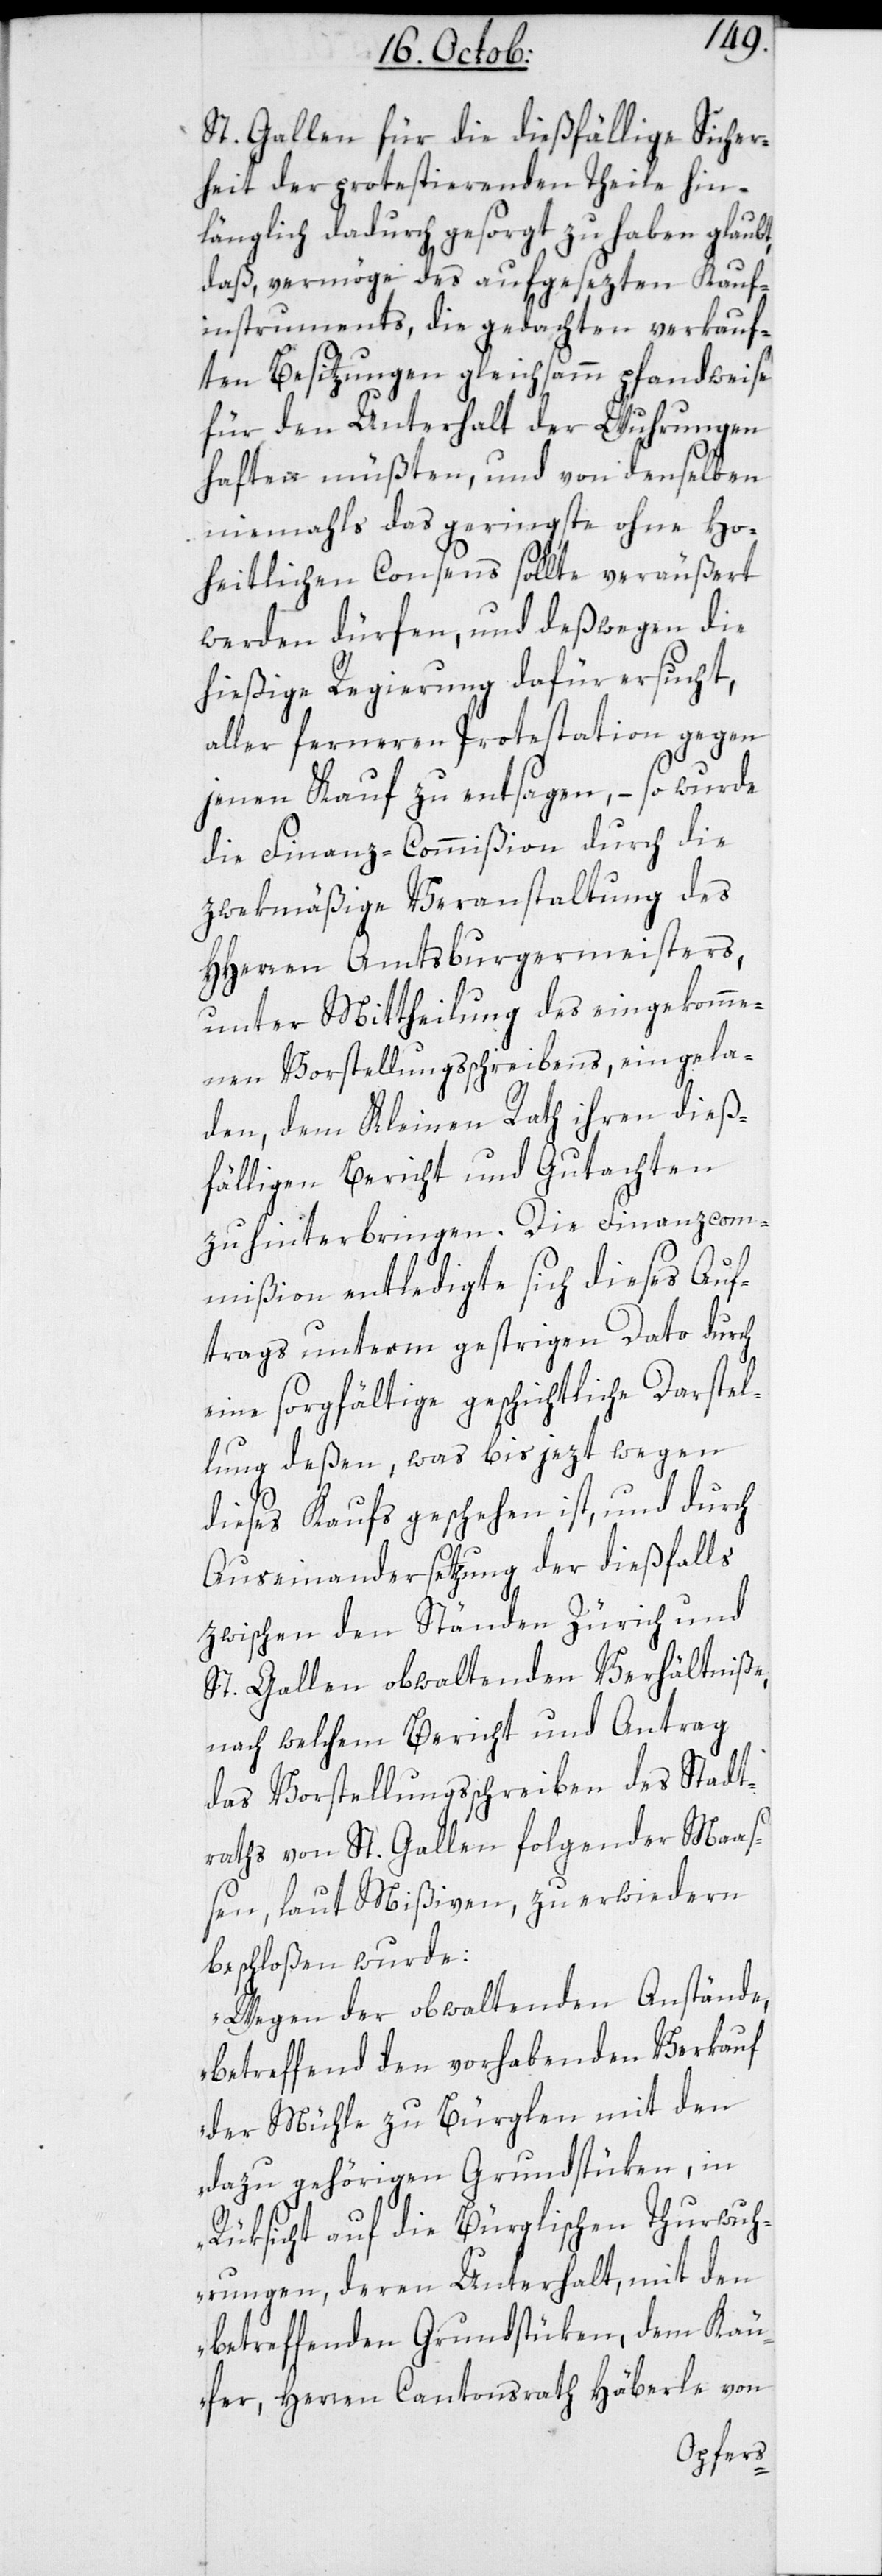
Auf¬
St. Gallen für die dießfällige Sicher¬
heit der protestierenden Theile hin¬
länglich dadurch gesorgt zu haben glaubt,
daß, vermöge des aufgesezten Kauf¬
instruments, die gedachten verkauf¬
ten Besitzungen gleichsamm pfandweise
für den Unterhalt der Wuhrungen
haften müßten, und von denselben
niemals das geringste ohne Hoch¬
heitlichen Consens sollte veräußert
werden dürfen, und deßwegen die
hießige Regierung dafür ersucht,
aller ferneren Protestation gegen
jenen Kauf zu entsagen, – so wurde
die Finanz-Commißion durch die
zwekmäßige Veranstaltung des
HHerren Amtsburgermeisters,
unter Mittheilung des eingekomme¬
nen Vorstellungsschreibens, eingela¬
den, dem Kleinen Rath ihren dieß¬
fälligen Bericht und Gutachten
zu hinterbringen. Die Finanzcommißion
trags unterm gestrigen Dato durch
eine sorgfältige geschichtliche Darstel¬
lung deßen, was bis jezt wegen
dieses Kaufs geschehen ist, und durch
Auseinandersetzung der dießfalls
zwischen den Ständen Zürich und
St. Gallen obwaltenden Verhältniße,
nach welchem Bericht und Antrag
das Vorstellungsschreiben des Stadt¬
raths von St. Gallen folgender Maaß¬
en, laut Mißiven, zu erwiedern
beschloßen wurde:
„Wegen der obwaltenden Anstände,
betreffend den vorhabenden Verkauf
der Mühle zu Bürglen mit den
dazu gehörigen Grundstüken, in
Rüksicht auf die Bürglischen Thurwuh¬
rungen, deren Unterhalt mit den
betreffenden Grundstüken, dem Käu¬
fer, Herren Cantonsrath Häberle von